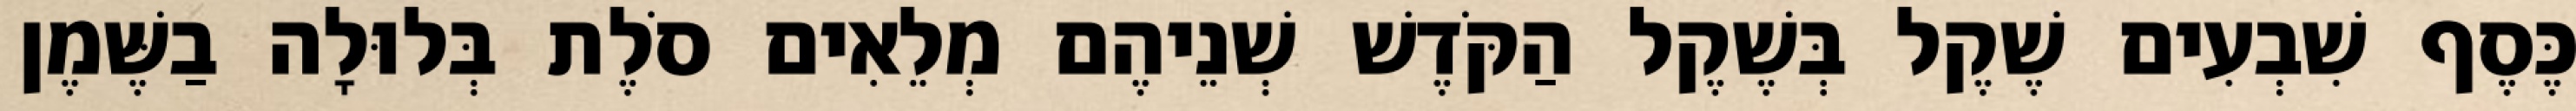
כֶּסֶף שִׁבְעִים שֶׁקֶל בְּשֶׁקֶל הַקֹּדֶשׁ שְׁנֵיהֶם מְלֵאִים סֹלֶת בְּלוּלָה בַשֶּׁמֶן